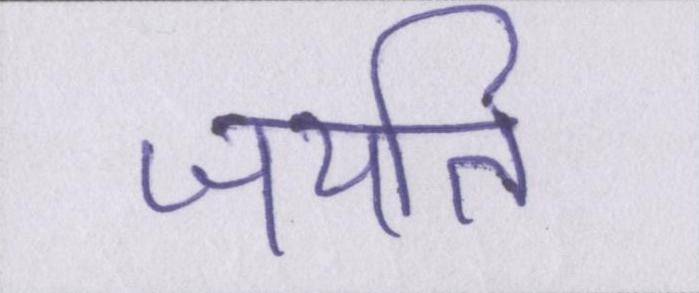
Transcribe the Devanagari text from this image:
जयति